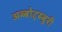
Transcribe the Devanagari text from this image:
अब्बोट्स्बुरी